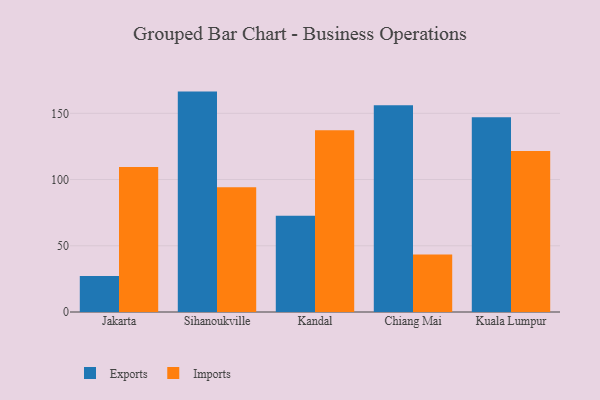
{"axis": {"x": "City", "y": "Budget (USD K)"}, "legend": ["Exports", "Imports"], "data": [{"x": "Jakarta", "y": 27.2, "type": "Exports"}, {"x": "Jakarta", "y": 109.4, "type": "Imports"}, {"x": "Sihanoukville", "y": 166.4, "type": "Exports"}, {"x": "Sihanoukville", "y": 94.2, "type": "Imports"}, {"x": "Kandal", "y": 72.7, "type": "Exports"}, {"x": "Kandal", "y": 137.2, "type": "Imports"}, {"x": "Chiang Mai", "y": 156.1, "type": "Exports"}, {"x": "Chiang Mai", "y": 43.4, "type": "Imports"}, {"x": "Kuala Lumpur", "y": 147.1, "type": "Exports"}, {"x": "Kuala Lumpur", "y": 121.6, "type": "Imports"}]}